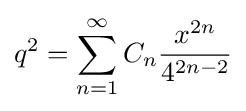
q^{2}=\sum _{n=1}^{\infty }C_{n}{\frac {x^{2n}}{4^{2n-2}}}